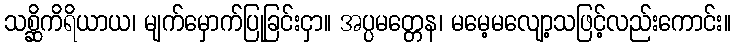
သစ္ဆိကိရိယာယ၊ မျက်မှောက်ပြုခြင်းငှာ။ အပ္ပမတ္တေန၊ မမေ့မလျော့သဖြင့်လည်းကောင်း။